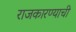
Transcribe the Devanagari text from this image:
राजकारण्याची